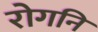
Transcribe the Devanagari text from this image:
रोगनि